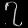
Digit: ၇